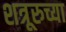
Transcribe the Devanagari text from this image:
शत्रूरुच्या